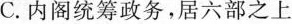
C.内阁统筹政务，居六部之上